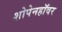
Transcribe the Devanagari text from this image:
शोपेनहॉवर